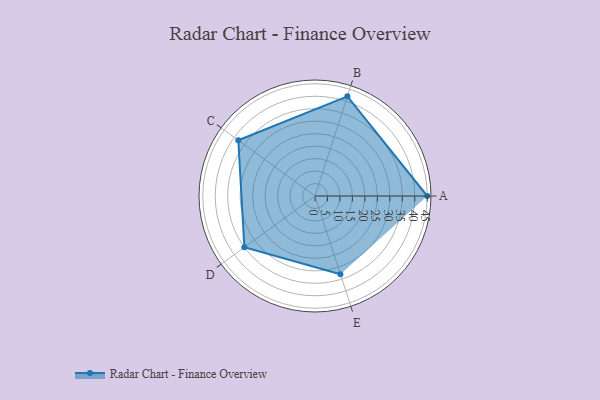
{"axis": {"x": "Skill", "y": "Score"}, "legend": ["Profile"], "data": [{"x": "A", "y": 45.0, "type": "Profile"}, {"x": "B", "y": 42.0, "type": "Profile"}, {"x": "C", "y": 38.0, "type": "Profile"}, {"x": "D", "y": 35.0, "type": "Profile"}, {"x": "E", "y": 33.0, "type": "Profile"}]}